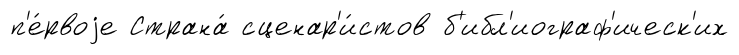
п'е́рвоjе Страна́ сценар'и́стов б'ибл'иограф'ическ'их